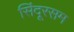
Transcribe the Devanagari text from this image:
सिंदूरसम